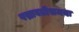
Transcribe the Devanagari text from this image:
पद्मावतीसमयः